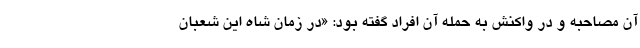
آن مصاحبه و در واکنش به حمله آن افراد گفته بود: «در زمان شاه این شعبان